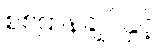
စစ်ဌာနချုပ်နှင့်